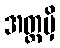
အတ္ထမှိ